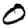
Digit: 0